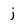
Character: j